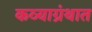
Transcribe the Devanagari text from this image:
कव्याग्रंथात